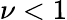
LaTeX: \nu<1